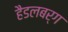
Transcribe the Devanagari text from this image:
हैडलबर्ग